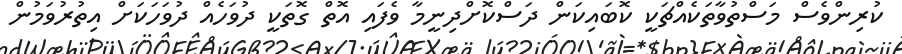
ކުރިންވެސް މަސްތުވާތަކެއްޗަކީ ކޮބައިކަން ދަސްކޮށްދިނީމާ ވެފައި އޮތް ގޮތަކީ ދުވަހެއް ދުވަހަކަށް އިތުރުވަމުން